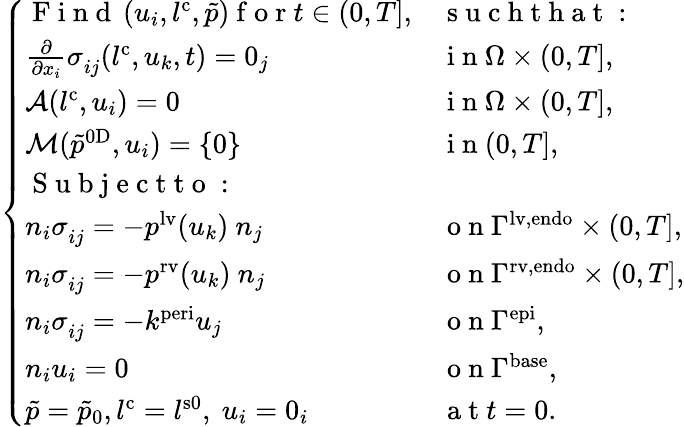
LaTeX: \left\{ \begin{array}{ll}{\mathrm{~F~i~n~d~}\left(u_{i},l^{\mathrm{{c}}},\tilde{p}\right)\mathrm{~f~o~r~}t\in\left(0,T\right],}&{\mathrm{~s~u~c~h~t~h~a~t~:~}}\\ {\frac{\partial}{\partial x_{i}}\sigma_{ij}^{\phantom{}}(l^{\mathrm{{c}}},u_{k},t)=0_{j}}&{\mathrm{~i~n~}\Omega\times(0,T],}\\ {\mathcal{A}(l^{\mathrm{{c}}},u_{i})=0}&{\mathrm{~i~n~}\Omega\times(0,T],}\\ {\mathcal{M}(\tilde{p}^{\mathrm{0D}},u_{i})=\left\{ 0\right\} }&{\mathrm{~i~n~}(0,T],}\\ {\mathrm{~S~u~b~j~e~c~t~t~o~:~}}&{}\\ {n_{i}\sigma_{ij}^{\phantom{}}=-p^{\mathrm{lv}}(u_{k})\ n_{j}}&{\mathrm{~o~n~}\Gamma^{\mathrm{lv,endo}}\times(0,T],}\\ {n_{i}\sigma_{ij}^{\phantom{}}=-p^{\mathrm{rv}}(u_{k})\ n_{j}}&{\mathrm{~o~n~}\Gamma^{\mathrm{rv,endo}}\times(0,T],}\\ {n_{i}\sigma_{ij}^{\phantom{}}=-k^{\mathrm{peri}}u_{j}}&{\mathrm{~o~n~}\Gamma^{\mathrm{epi}},}\\ {n_{i}u_{i}=0}&{\mathrm{~o~n~}\Gamma^{\mathrm{base}},}\\ {\tilde{p}=\tilde{p}_{\mathrm{0}},l^{\mathrm{{c}}}=l^{\mathrm{{s0}}},\ u_{i}=0_{i}}&{\mathrm{~a~t~}t=0.}\end{array}\right.